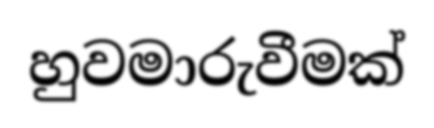
හුවමාරුවීමක්